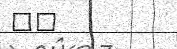
٤٨